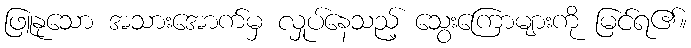
ဖြူနုသော အသားအောက်မှ လှုပ်နေသည့် သွေးကြောများကို မြင်ရ၏။